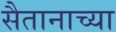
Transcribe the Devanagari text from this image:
सैतानाच्या